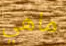
ماهي